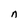
Character: n